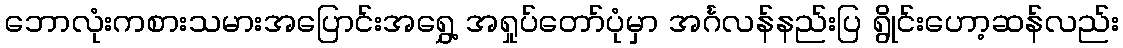
ဘောလုံးကစားသမားအပြောင်းအရွှေ့ အရှုပ်တော်ပုံမှာ အင်္ဂလန်နည်းပြ ရွိုင်းဟော့ဆန်လည်း